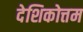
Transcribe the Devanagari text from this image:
देशिकोत्तम